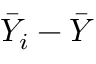
{ \bar { Y } } _ { i } - { \bar { Y } }